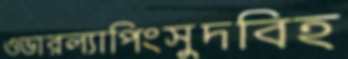
ওভারল্যাপিংসুদবিহ